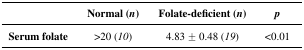
|  | Normal (n) | Folate-deficient (n) | p |
 | --- | --- | --- | --- |
 | Serum folate | >20 (10) | 4.83 ± 0.48 (19) | <0.01 |